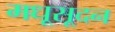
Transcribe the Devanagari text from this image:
मधूसूदन